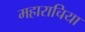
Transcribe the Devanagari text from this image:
महाराचिया